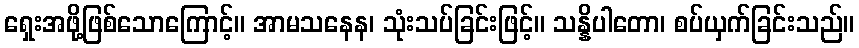
ရှေးအဖို့ဖြစ်သောကြောင့်။ အာမသနေန၊ သုံးသပ်ခြင်းဖြင့်။ သန္နိပါတော၊ စပ်ယှက်ခြင်းသည်။